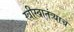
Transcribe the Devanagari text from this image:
स्त्रीस्वातंत्र्याचे